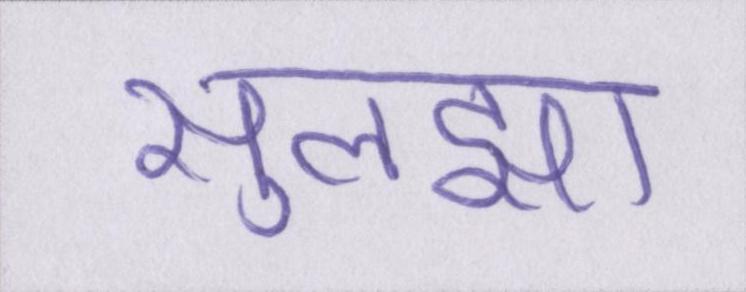
सुलझा